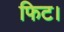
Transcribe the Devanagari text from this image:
फिट।